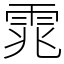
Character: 雿